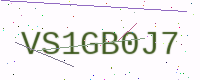
Text: VS1GB0J7